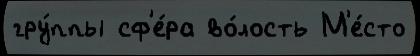
гру́ппы сф'е́ра во́лость М'е́сто